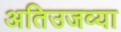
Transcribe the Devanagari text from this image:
अतिउजव्या